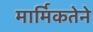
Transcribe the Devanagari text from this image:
मार्मिकतेने